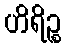
ဟိရိဉ္စ